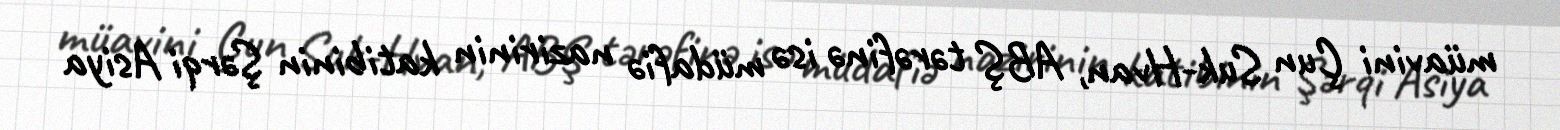
müavini Çun Suk-Hvan, ABŞ tərəfinə isə müdafiə nazirinin katibinin Şərqi Asiya